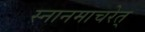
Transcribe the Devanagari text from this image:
स्नानमाचरेत्